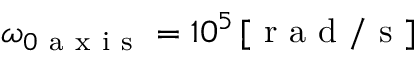
\omega _ { 0 \mathrm { ~ a ~ x ~ i ~ s ~ } } = 1 0 ^ { 5 } \, [ \mathrm { ~ r ~ a ~ d ~ } / \mathrm { ~ s ~ } ]